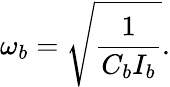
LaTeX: \omega_{b}=\sqrt{\frac{1}{C_{b}I_{b}}}.